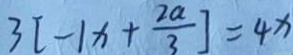
3 [ - 1 x + \frac { 2 a } { 3 } ] = 4 x